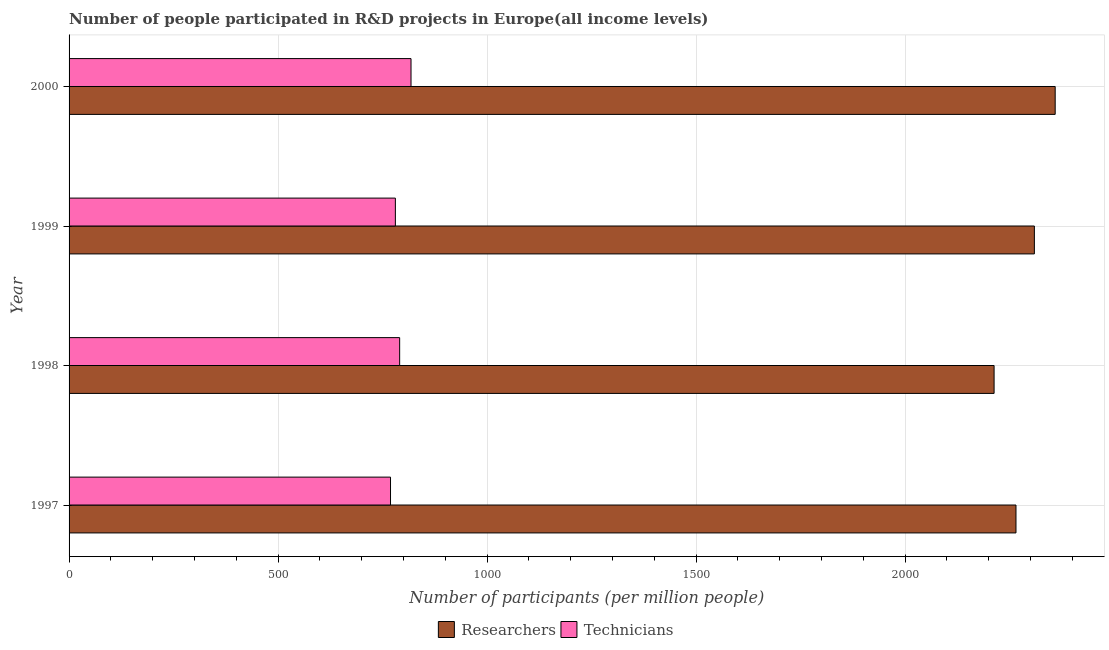
| Year | Researchers | Technicians |
 | --- | --- | --- |
 | 1997 | 2.27e+03 | 769 |
 | 1998 | 2.21e+03 | 791 |
 | 1999 | 2.31e+03 | 781 |
 | 2000 | 2.36e+03 | 818 |